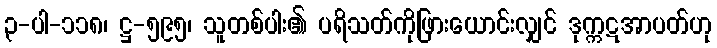
၃-ပါ-၁၁၈၊ ဋ္ဌ-၅၉၅၊ သူတစ်ပါး၏ ပရိသတ်ကိုဖြားယောင်းလျှင် ဒုက္ကဋအာပတ်ဟု